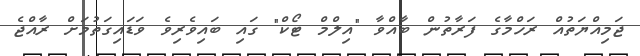
ޖަމިއްޔަތުއް ރަހްމާގެ ފަރާތުން ބާއްވާ "އިލްމް ޓޯކް" ގައި ބައިވެރިވެ ވަޑައިގަތުމަށް ރާއްޖެ